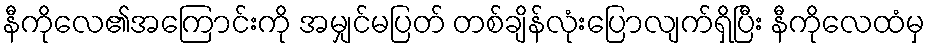
နီကိုလေ၏အကြောင်းကို အမျှင်မပြတ် တစ်ချိန်လုံးပြောလျက်ရှိပြီး နီကိုလေထံမှ